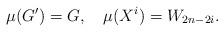
LaTeX: \begin{align*}\mu(G')=G,\quad\mu(X^{i})=W_{2n-2i}.\end{align*}